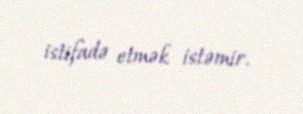
istifadə etmək istəmir.